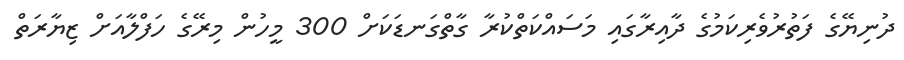
ދުނިޔޭގެ ފަތުރުވެރިކަމުގެ ދާއިރާގައި މަސައްކަތްކުރާ ގާތްގަނޑަކަށް 300 މީހުން މިރޭގެ ހަފްލާއަށް ޒިޔާރަތް